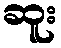
ဆူး